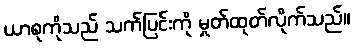
ယာစုကိုသည် သက်ပြင်းကို မှုတ်ထုတ်လိုက်သည်။